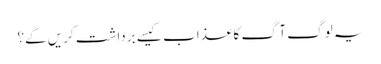
یہ لوگ آگ کا عذاب کیسے برداشت کریں گے؟